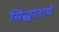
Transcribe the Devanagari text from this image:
सिंद्धांताचे